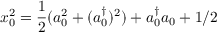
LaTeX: x _ { 0 } ^ { 2 } = \frac { 1 } { 2 } ( a _ { 0 } ^ { 2 } + ( a _ { 0 } ^ { \dagger } ) ^ { 2 } ) + a _ { 0 } ^ { \dagger } a _ { 0 } + 1 / 2